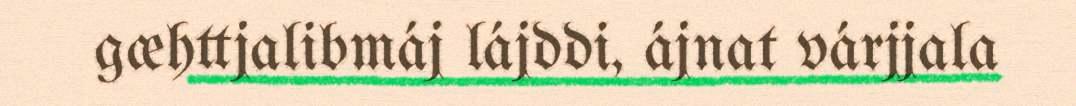
gæhttjalibmáj lájddi, ájnat várjjala